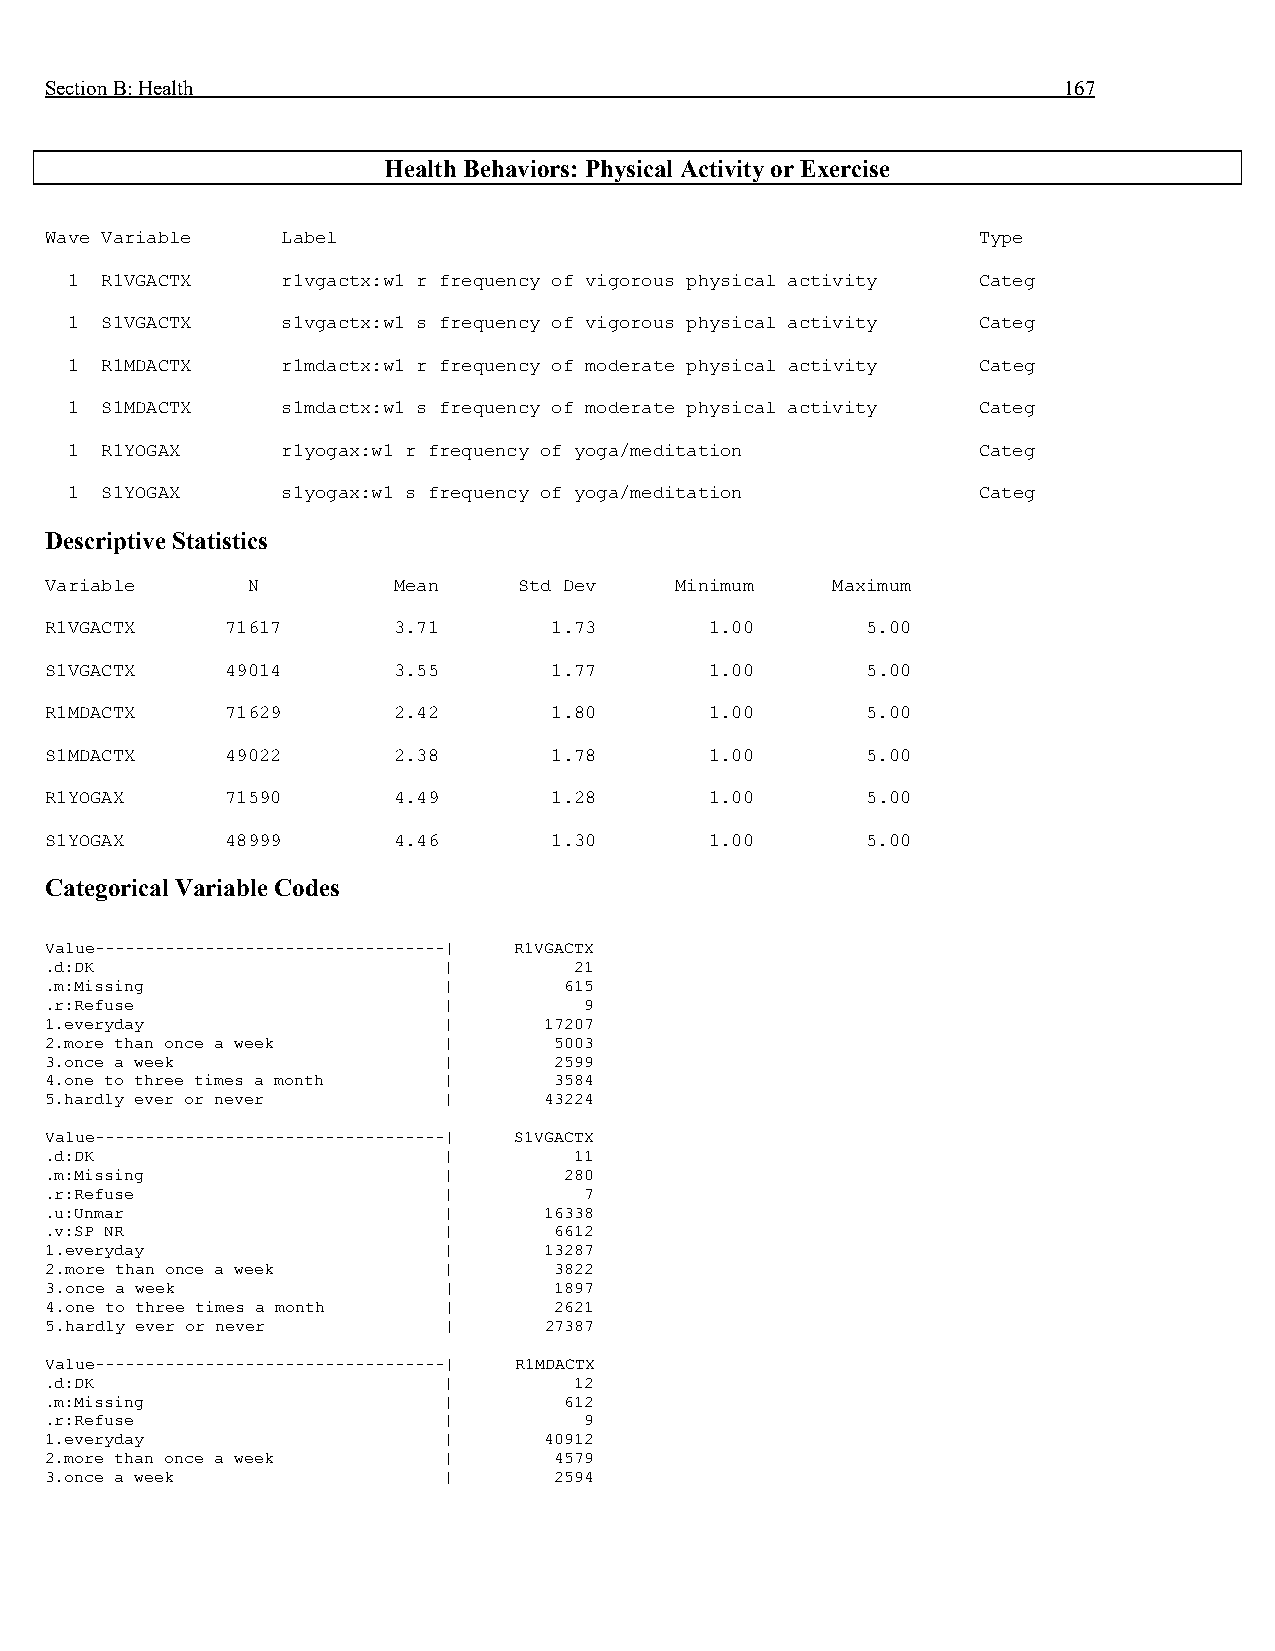
Section B: Health                                                  167
 Health Behaviors: Physical Activity or Exercise
 Wave Variable   Label                                         Type
 1  R1VGACTX    r1vgactx:w1 r frequency of vigorous physical activity Categ
 1  S1VGACTX    s1vgactx:w1 s frequency of vigorous physical activity Categ
 1  R1MDACTX    r1mdactx:w1 r frequency of moderate physical activity Categ
 1  S1MDACTX    s1mdactx:w1 s frequency of moderate physical activity Categ
 1  R1YOGAX     r1yogax:w1 r frequency of yoga/meditation     Categ
 1  S1YOGAX     s1yogax:w1 s frequency of yoga/meditation     Categ
 Descriptive Statistics
 Variable     N         Mean    Std Dev    Minimum   Maximum
 R1VGACTX    71617      3.71      1.73       1.00      5.00
 S1VGACTX    49014      3.55      1.77       1.00      5.00
 R1MDACTX    71629      2.42      1.80       1.00      5.00
 S1MDACTX    49022      2.38      1.78       1.00      5.00
 R1YOGAX     71590      4.49      1.28       1.00      5.00
 S1YOGAX     48999      4.46      1.30       1.00      5.00
 Categorical Variable Codes
 Value-----------------------------------| R1VGACTX
 .d:DK                     |        21
 .m:Missing                |       615
 .r:Refuse                 |         9
 1.everyday                |      17207
 2.more than once a week   |       5003
 3.once a week             |       2599
 4.one to three times a month |    3584
 5.hardly ever or never    |      43224
 Value-----------------------------------| S1VGACTX
 .d:DK                     |        11
 .m:Missing                |       280
 .r:Refuse                 |         7
 .u:Unmar                  |      16338
 .v:SP NR                  |       6612
 1.everyday                |      13287
 2.more than once a week   |       3822
 3.once a week             |       1897
 4.one to three times a month |    2621
 5.hardly ever or never    |      27387
 Value-----------------------------------| R1MDACTX
 .d:DK                     |        12
 .m:Missing                |       612
 .r:Refuse                 |         9
 1.everyday                |      40912
 2.more than once a week   |       4579
 3.once a week             |       2594